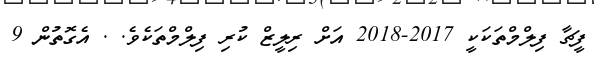
ފީޗާ ފިލްމްތަކަކީ 2017-2018 އަށް ރިލީޒް ކުރި ފިލްމްތަކެވެ. . އެގޮތުން 9